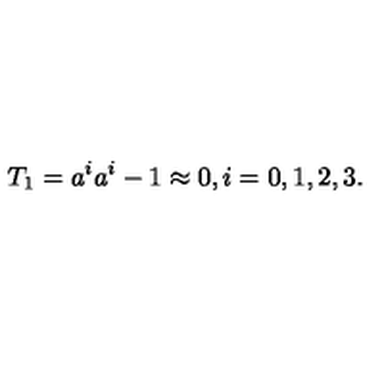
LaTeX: T _ { 1 } = a ^ { i } a ^ { i } - 1 \approx 0 , i = 0 , 1 , 2 , 3 .